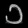
Digit: ၁